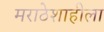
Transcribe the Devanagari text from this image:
मराठेशाहीला